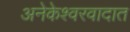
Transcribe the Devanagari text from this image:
अनेकेश्वरवादात